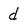
Character: d